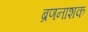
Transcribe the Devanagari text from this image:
ब्रणनाशक